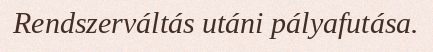
Rendszerváltás utáni pályafutása.